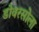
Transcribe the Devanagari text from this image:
डोवरसोला